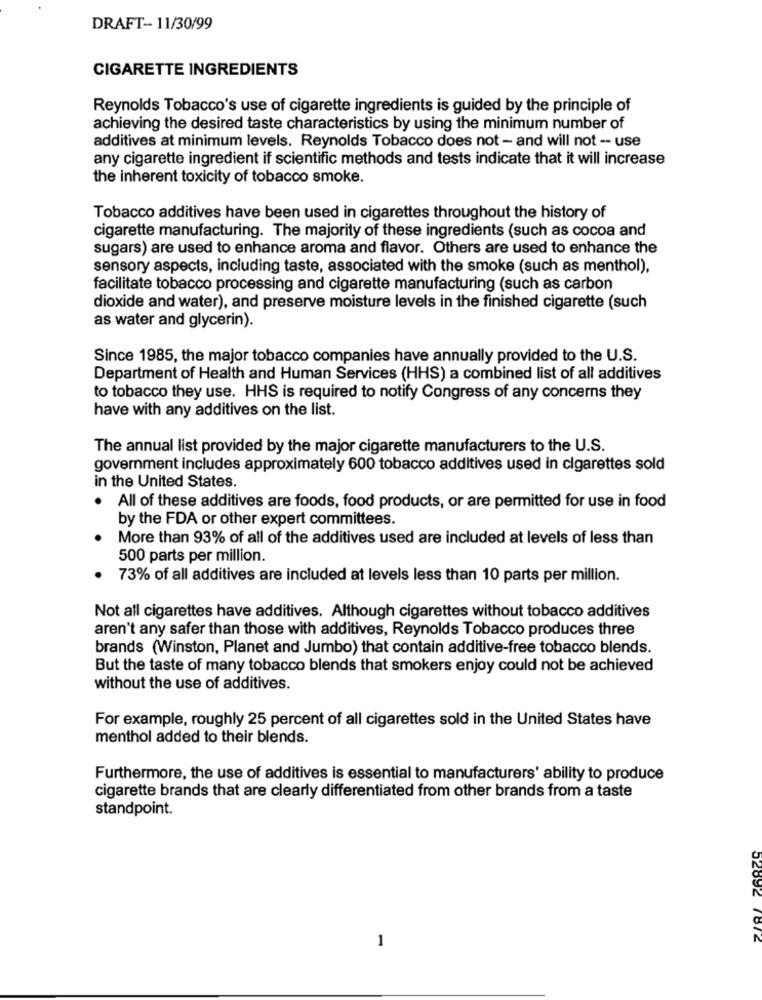
DRAFT- 11/30/99
CIGARETTE INGREDIENTS
Reynolds Tobacco's use of cigarette ingredients is guided by the principle of
achieving the desired taste characteristics by using the minimum number of
additives at minimum levels. Reynolds Tobacco does not - and will not -- use
any cigarette ingredient if scientific methods and tests indicate that it will increase
the inherent toxicity of tobacco smoke.
Tobacco additives have been used in cigarettes throughout the history of
cigarette manufacturing. The majority of these ingredients (such as cocoa and
sugars) are used to enhance aroma and flavor. Others are used to enhance the
sensory aspects, including taste, associated with the smoke (such as menthol),
facilitate tobacco processing and cigarette manufacturing (such as carbon
dioxide and water), and preserve moisture levels in the finished cigarette (such
as water and glycerin).
Since 1985, the major tobacco companies have annually provided to the U.S.
Department of Health and Human Services (HHS) a combined list of all additives
to tobacco they use. HHS is required to notify Congress of any concerns they
have with any additives on the list.
The annual list provided by the major cigarette manufacturers to the U.S.
government includes approximately 600 tobacco additives used in cigarettes sold
in the United States.
All of these additives are foods, food products, or are permitted for use in food
by the FDA or other expert committees.
More than 93% of all of the additives used are included at levels of less than
500 parts per million.
73% of all additives are included at levels less than 10 parts per million.
Not all cigarettes have additives. Although cigarettes without tobacco additives
aren't any safer than those with additives, Reynolds Tobacco produces three
brands (Winston, Planet and Jumbo) that contain additive-free tobacco blends.
But the taste of many tobacco blends that smokers enjoy could not be achieved
without the use of additives.
For example, roughly 25 percent of all cigarettes sold in the United States have
menthol added to their blends.
Furthermore, the use of additives is essential to manufacturers' ability to produce
cigarette brands that are clearly differentiated from other brands from a taste
standpoint.
1
52892 7812